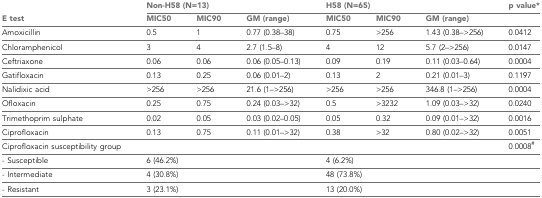
<table><thead><tr><td rowspan="2"><b>E test</b></td><td colspan="3"><b>Non-H58 (N=13)</b></td><td colspan="3"><b>H58 (N=65)</b></td><td><b>p value*</b></td></tr><tr><td><b>MIC50</b></td><td><b>MIC90</b></td><td><b>GM (range)</b></td><td><b>MIC50</b></td><td><b>MIC90</b></td><td><b>GM (range)</b></td><td></td></tr></thead><tbody><tr><td>Amoxicillin</td><td>0.5</td><td>1</td><td>0.77 (0.38–38)</td><td>0.75</td><td>&gt;256</td><td>1.43 (0.38–&gt;256)</td><td>0.0412</td></tr><tr><td>Chloramphenicol</td><td>3</td><td>4</td><td>2.7 (1.5–8)</td><td>4</td><td>12</td><td>5.7 (2–&gt;256)</td><td>0.0147</td></tr><tr><td>Ceftriaxone</td><td>0.06</td><td>0.06</td><td>0.06 (0.05–0.13)</td><td>0.09</td><td>0.19</td><td>0.11 (0.03–0.64)</td><td>0.0004</td></tr><tr><td>Gatifloxacin</td><td>0.13</td><td>0.25</td><td>0.06 (0.01–2)</td><td>0.13</td><td>2</td><td>0.21 (0.01–3)</td><td>0.1197</td></tr><tr><td>Nalidixic acid</td><td>&gt;256</td><td>&gt;256</td><td>21.6 (1–&gt;256)</td><td>&gt;256</td><td>&gt;256</td><td>346.8 (1–&gt;256)</td><td>0.0004</td></tr><tr><td>Ofloxacin</td><td>0.25</td><td>0.75</td><td>0.24 (0.03–&gt;32)</td><td>0.5</td><td>&gt;3232</td><td>1.09 (0.03–&gt;32)</td><td>0.0240</td></tr><tr><td>Trimethoprim sulphate</td><td>0.02</td><td>0.05</td><td>0.03 (0.02–0.05)</td><td>0.05</td><td>0.32</td><td>0.09 (0.01–&gt;32)</td><td>0.0016</td></tr><tr><td>Ciprofloxacin</td><td>0.13</td><td>0.75</td><td>0.11 (0.01–&gt;32)</td><td>0.38</td><td>&gt;32</td><td>0.80 (0.02–&gt;32)</td><td>0.0051</td></tr><tr><td>Ciprofloxacin susceptibility group</td><td colspan="3"></td><td colspan="3"></td><td>0.0008<sup>#</sup></td></tr><tr><td>- Susceptible</td><td colspan="3">6 (46.2%)</td><td colspan="3">4 (6.2%)</td><td></td></tr><tr><td>- Intermediate</td><td colspan="3">4 (30.8%)</td><td colspan="3">48 (73.8%)</td><td></td></tr><tr><td>- Resistant</td><td colspan="3">3 (23.1%)</td><td colspan="3">13 (20.0%)</td><td></td></tr></tbody></table>